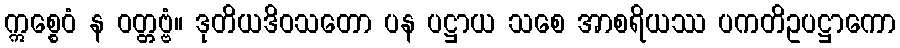
ဣစ္စေဝံ န ဝတ္တဗ္ဗံ။ ဒုတိယဒိဝသတော ပန ပဋ္ဌာယ သစေ အာစရိယဿ ပကတိဥပဋ္ဌာကော